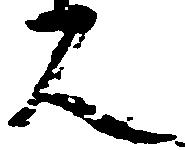
人